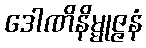
ဒေါဏိနိမ္မုဇ္ဇနံ